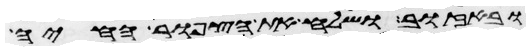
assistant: ובאזוב ושלח את הצפור החיה